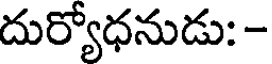
దుర్యోధనుడు: -